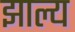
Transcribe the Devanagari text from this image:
झाल्य